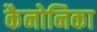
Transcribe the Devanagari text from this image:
कैनोनिका